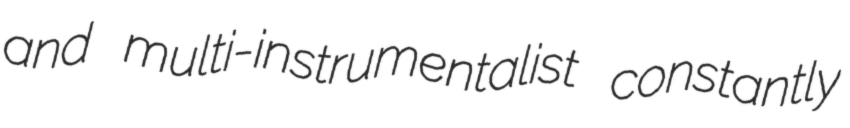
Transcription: and multi-instrumentalist constantly